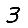
Digit: 3